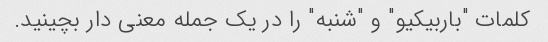
کلمات "باربیکیو" و "شنبه" را در یک جمله معنی دار بچینید.